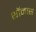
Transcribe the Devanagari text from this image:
थॉमास